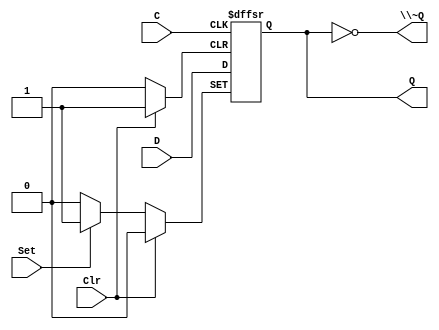
/*
 * Generated by Digital. Don't modify this file!
 * Any changes will be lost if this file is regenerated.
 */

module DIG_D_FF_AS_1bit
#(
    parameter Default = 0
)
(
   input Set,
   input D,
   input C,
   input Clr,
   output Q,
   output \~Q
);
    reg state;

    assign Q = state;
    assign \~Q  = ~state;

    always @ (posedge C or posedge Clr or posedge Set)
    begin
        if (Set)
            state <= 1'b1;
        else if (Clr)
            state <= 'h0;
        else
            state <= D;
    end

    initial begin
        state = Default;
    end
endmodule

module two_bit_mux (
  input a,
  input b,
  input s,
  output y
);
  assign y = ((a & ~ s) | (b & s));
endmodule

module four_bit_mux (
  input [3:0] a,
  input [3:0] b,
  input sel,
  output [3:0] y
);
  wire s0;
  wire s1;
  wire s2;
  wire s3;
  wire s4;
  wire s5;
  wire s6;
  wire s7;
  wire s8;
  wire s9;
  wire s10;
  wire s11;
  assign s0 = a[3];
  assign s3 = a[2];
  assign s6 = a[1];
  assign s9 = a[0];
  assign s1 = b[3];
  assign s4 = b[2];
  assign s7 = b[1];
  assign s10 = b[0];
  two_bit_mux two_bit_mux_i0 (
    .a( s0 ),
    .b( s1 ),
    .s( sel ),
    .y( s2 )
  );
  two_bit_mux two_bit_mux_i1 (
    .a( s3 ),
    .b( s4 ),
    .s( sel ),
    .y( s5 )
  );
  two_bit_mux two_bit_mux_i2 (
    .a( s6 ),
    .b( s7 ),
    .s( sel ),
    .y( s8 )
  );
  two_bit_mux two_bit_mux_i3 (
    .a( s9 ),
    .b( s10 ),
    .s( sel ),
    .y( s11 )
  );
  assign y[3] = s2;
  assign y[2] = s5;
  assign y[1] = s8;
  assign y[0] = s11;
endmodule

module four_bit_reg (
  input [3:0] d,
  input enable,
  input clk,
  input reset,
  output [3:0] q
);
  wire s0;
  wire s1;
  wire s2;
  wire s3;
  wire s4;
  wire s5;
  wire s6;
  wire s7;
  wire [3:0] q_temp;
  wire [3:0] s8;
  DIG_D_FF_AS_1bit #(
    .Default(0)
  )
  DIG_D_FF_AS_1bit_i0 (
    .Set( 1'b0 ),
    .D( s0 ),
    .C( clk ),
    .Clr( reset ),
    .Q( s1 )
  );
  DIG_D_FF_AS_1bit #(
    .Default(0)
  )
  DIG_D_FF_AS_1bit_i1 (
    .Set( 1'b0 ),
    .D( s2 ),
    .C( clk ),
    .Clr( reset ),
    .Q( s3 )
  );
  DIG_D_FF_AS_1bit #(
    .Default(0)
  )
  DIG_D_FF_AS_1bit_i2 (
    .Set( 1'b0 ),
    .D( s4 ),
    .C( clk ),
    .Clr( reset ),
    .Q( s5 )
  );
  DIG_D_FF_AS_1bit #(
    .Default(0)
  )
  DIG_D_FF_AS_1bit_i3 (
    .Set( 1'b0 ),
    .D( s6 ),
    .C( clk ),
    .Clr( reset ),
    .Q( s7 )
  );
  four_bit_mux four_bit_mux_i4 (
    .a( q_temp ),
    .b( d ),
    .sel( enable ),
    .y( s8 )
  );
  assign q_temp[3] = s1;
  assign q_temp[2] = s3;
  assign q_temp[1] = s5;
  assign q_temp[0] = s7;
  assign s0 = s8[3];
  assign s2 = s8[2];
  assign s4 = s8[1];
  assign s6 = s8[0];
  assign q = q_temp;
endmodule

module half_adder (
  input a,
  input b,
  output sum,
  output cry
);
  assign sum = (a ^ b);
  assign cry = (a & b);
endmodule

module incrementer (
  input [3:0] a,
  input inc,
  output cry,
  output [3:0] y
);
  wire s0;
  wire s1;
  wire s2;
  wire s3;
  wire s4;
  wire s5;
  wire s6;
  wire s7;
  wire s8;
  wire s9;
  wire s10;
  assign s0 = a[3];
  assign s3 = a[2];
  assign s6 = a[1];
  assign s9 = a[0];
  half_adder half_adder_i0 (
    .a( s9 ),
    .b( inc ),
    .sum( s10 ),
    .cry( s7 )
  );
  half_adder half_adder_i1 (
    .a( s6 ),
    .b( s7 ),
    .sum( s8 ),
    .cry( s4 )
  );
  half_adder half_adder_i2 (
    .a( s3 ),
    .b( s4 ),
    .sum( s5 ),
    .cry( s1 )
  );
  half_adder half_adder_i3 (
    .a( s0 ),
    .b( s1 ),
    .sum( s2 ),
    .cry( cry )
  );
  assign y[3] = s2;
  assign y[2] = s5;
  assign y[1] = s8;
  assign y[0] = s10;
endmodule

module program_ctr (
  input enable,
  input reset,
  input clk,
  output [3:0] q
);
  wire [3:0] q_temp;
  wire [3:0] s0;
  four_bit_reg four_bit_reg_i0 (
    .d( s0 ),
    .enable( enable ),
    .clk( clk ),
    .reset( reset ),
    .q( q_temp )
  );
  incrementer incrementer_i1 (
    .a( q_temp ),
    .inc( 1'b1 ),
    .y( s0 )
  );
  assign q = q_temp;
endmodule